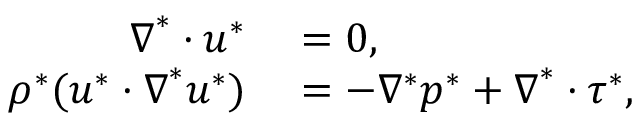
\begin{array} { r l } { \boldsymbol { \nabla } ^ { * } \boldsymbol { \cdot } \boldsymbol { u } ^ { * } } & { { } = 0 , } \\ { \rho ^ { * } ( \boldsymbol { u } ^ { * } \boldsymbol { \cdot } \boldsymbol { \nabla } ^ { * } \boldsymbol { u } ^ { * } ) } & { { } = - \nabla ^ { * } p ^ { * } + \boldsymbol { \nabla } ^ { * } \boldsymbol { \cdot } \boldsymbol { \tau } ^ { * } , } \end{array}